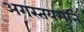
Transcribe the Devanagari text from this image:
अगस्तयमुनि